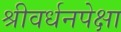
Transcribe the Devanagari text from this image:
श्रीवर्धनपेक्षा